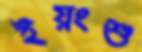
ইয়ংশু